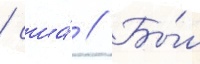
/ сша́ // Бы́л